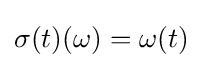
\sigma (t)(\omega )=\omega (t)